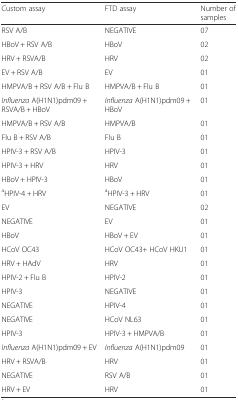
<table><thead><tr><td><b>Custom assay</b></td><td><b>FTD assay</b></td><td><b>Number of samples</b></td></tr></thead><tbody><tr><td>RSV A/B</td><td>NEGATIVE</td><td>07</td></tr><tr><td>HBoV + RSV A/B</td><td>HBoV</td><td>02</td></tr><tr><td>HRV + RSVA/B</td><td>HRV</td><td>02</td></tr><tr><td>EV + RSV A/B</td><td>EV</td><td>01</td></tr><tr><td>HMPVA/B + RSV A/B + Flu B</td><td>HMPVA/B + Flu B</td><td>01</td></tr><tr><td><i>Influenza</i> A(H1N1)pdm09 + RSVA/B + HBoV</td><td><i>Influenza</i> A(H1N1)pdm09 + HBoV</td><td>01</td></tr><tr><td>HMPVA/B + RSV A/B</td><td>HMPVA/B</td><td>01</td></tr><tr><td>Flu B + RSV A/B</td><td>Flu B</td><td>01</td></tr><tr><td>HPIV-3 + RSV A/B</td><td>HPIV-3</td><td>01</td></tr><tr><td>HPIV-3 + HRV</td><td>HRV</td><td>01</td></tr><tr><td>HBoV + HPIV-3</td><td>HBoV</td><td>01</td></tr><tr><td><sup>a</sup>HPIV-4 + HRV</td><td><sup>a</sup>HPIV-3 + HRV</td><td>01</td></tr><tr><td>EV</td><td>NEGATIVE</td><td>02</td></tr><tr><td>NEGATIVE</td><td>EV</td><td>01</td></tr><tr><td>HBoV</td><td>HBoV + EV</td><td>01</td></tr><tr><td>HCoV OC43</td><td>HCoV OC43+ HCoV HKU1</td><td>01</td></tr><tr><td>HRV + HAdV</td><td>HRV</td><td>01</td></tr><tr><td>HPIV-2 + Flu B</td><td>HPIV-2</td><td>01</td></tr><tr><td>HPIV-3</td><td>NEGATIVE</td><td>01</td></tr><tr><td>NEGATIVE</td><td>HPIV-4</td><td>01</td></tr><tr><td>NEGATIVE</td><td>HCoV NL63</td><td>01</td></tr><tr><td>HPIV-3</td><td>HPIV-3 + HMPVA/B</td><td>01</td></tr><tr><td><i>Influenza</i> A(H1N1)pdm09 + EV</td><td><i>Influenza</i> A(H1N1)pdm09</td><td>01</td></tr><tr><td>HRV + RSVA/B</td><td>HRV</td><td>01</td></tr><tr><td>NEGATIVE</td><td>RSV A/B</td><td>01</td></tr><tr><td>HRV + EV</td><td>HRV</td><td>01</td></tr></tbody></table>